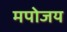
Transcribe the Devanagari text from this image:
मपोजय